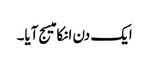
ایک دن انکا میسج آیا۔